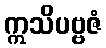
ဣသိပဗ္ဗဇံ